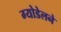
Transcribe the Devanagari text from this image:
ग्योडेलने